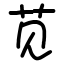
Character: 苋